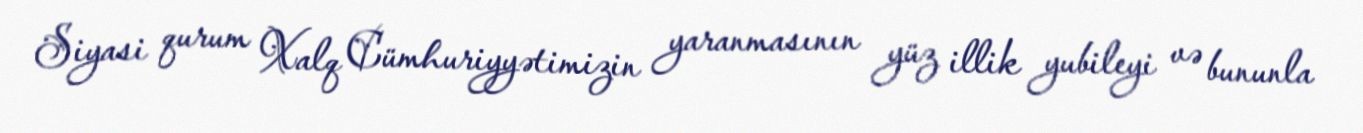
Siyasi qurum Xalq Cümhuriyyətimizin yaranmasının yüz illik yubileyi və bununla